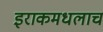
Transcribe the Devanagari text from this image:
इराकमधलाच